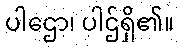
ပါဌော၊ ပါဌ်ရှိ၏။